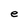
Character: e